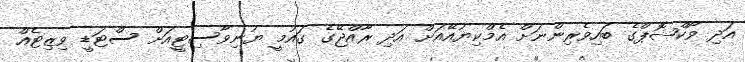
އަދި ވޯކްޝޮޕްގެ ބައިވެރިންނަށް އެމްކިޔުއޭއަށް އަދި ރާއްޖޭގެ ގައުމީ ޔުނިވާސިޓީއަށް ސްޓަޑީ ވިޒިޓެއް